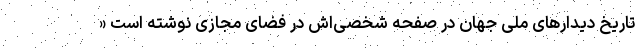
تاریخ دیدارهای ملی جهان در صفحه شخصی‌اش در فضای مجازی نوشته است «